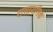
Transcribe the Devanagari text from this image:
रासायनिक